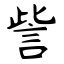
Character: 訾